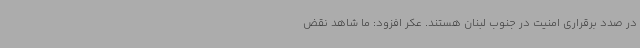
در صدد برقراری امنیت در جنوب لبنان هستند. عکر افزود: ما شاهد نقض